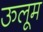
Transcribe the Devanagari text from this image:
ऊलूम